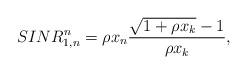
LaTeX: \begin{align*}SINR^n_{1,n} &= \rho x_n \frac{\sqrt{1+\rho x_k} -1}{\rho x_k},\end{align*}